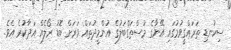
ސިކުނޑި ތަރައްގީވުމުގައި އޭނާގެ މުސްތަގްބަލުގެ އުންމީދުތައް ވަރަށް ބޮޑު ރޯލެއް އަދާކުރެ އެވެ.